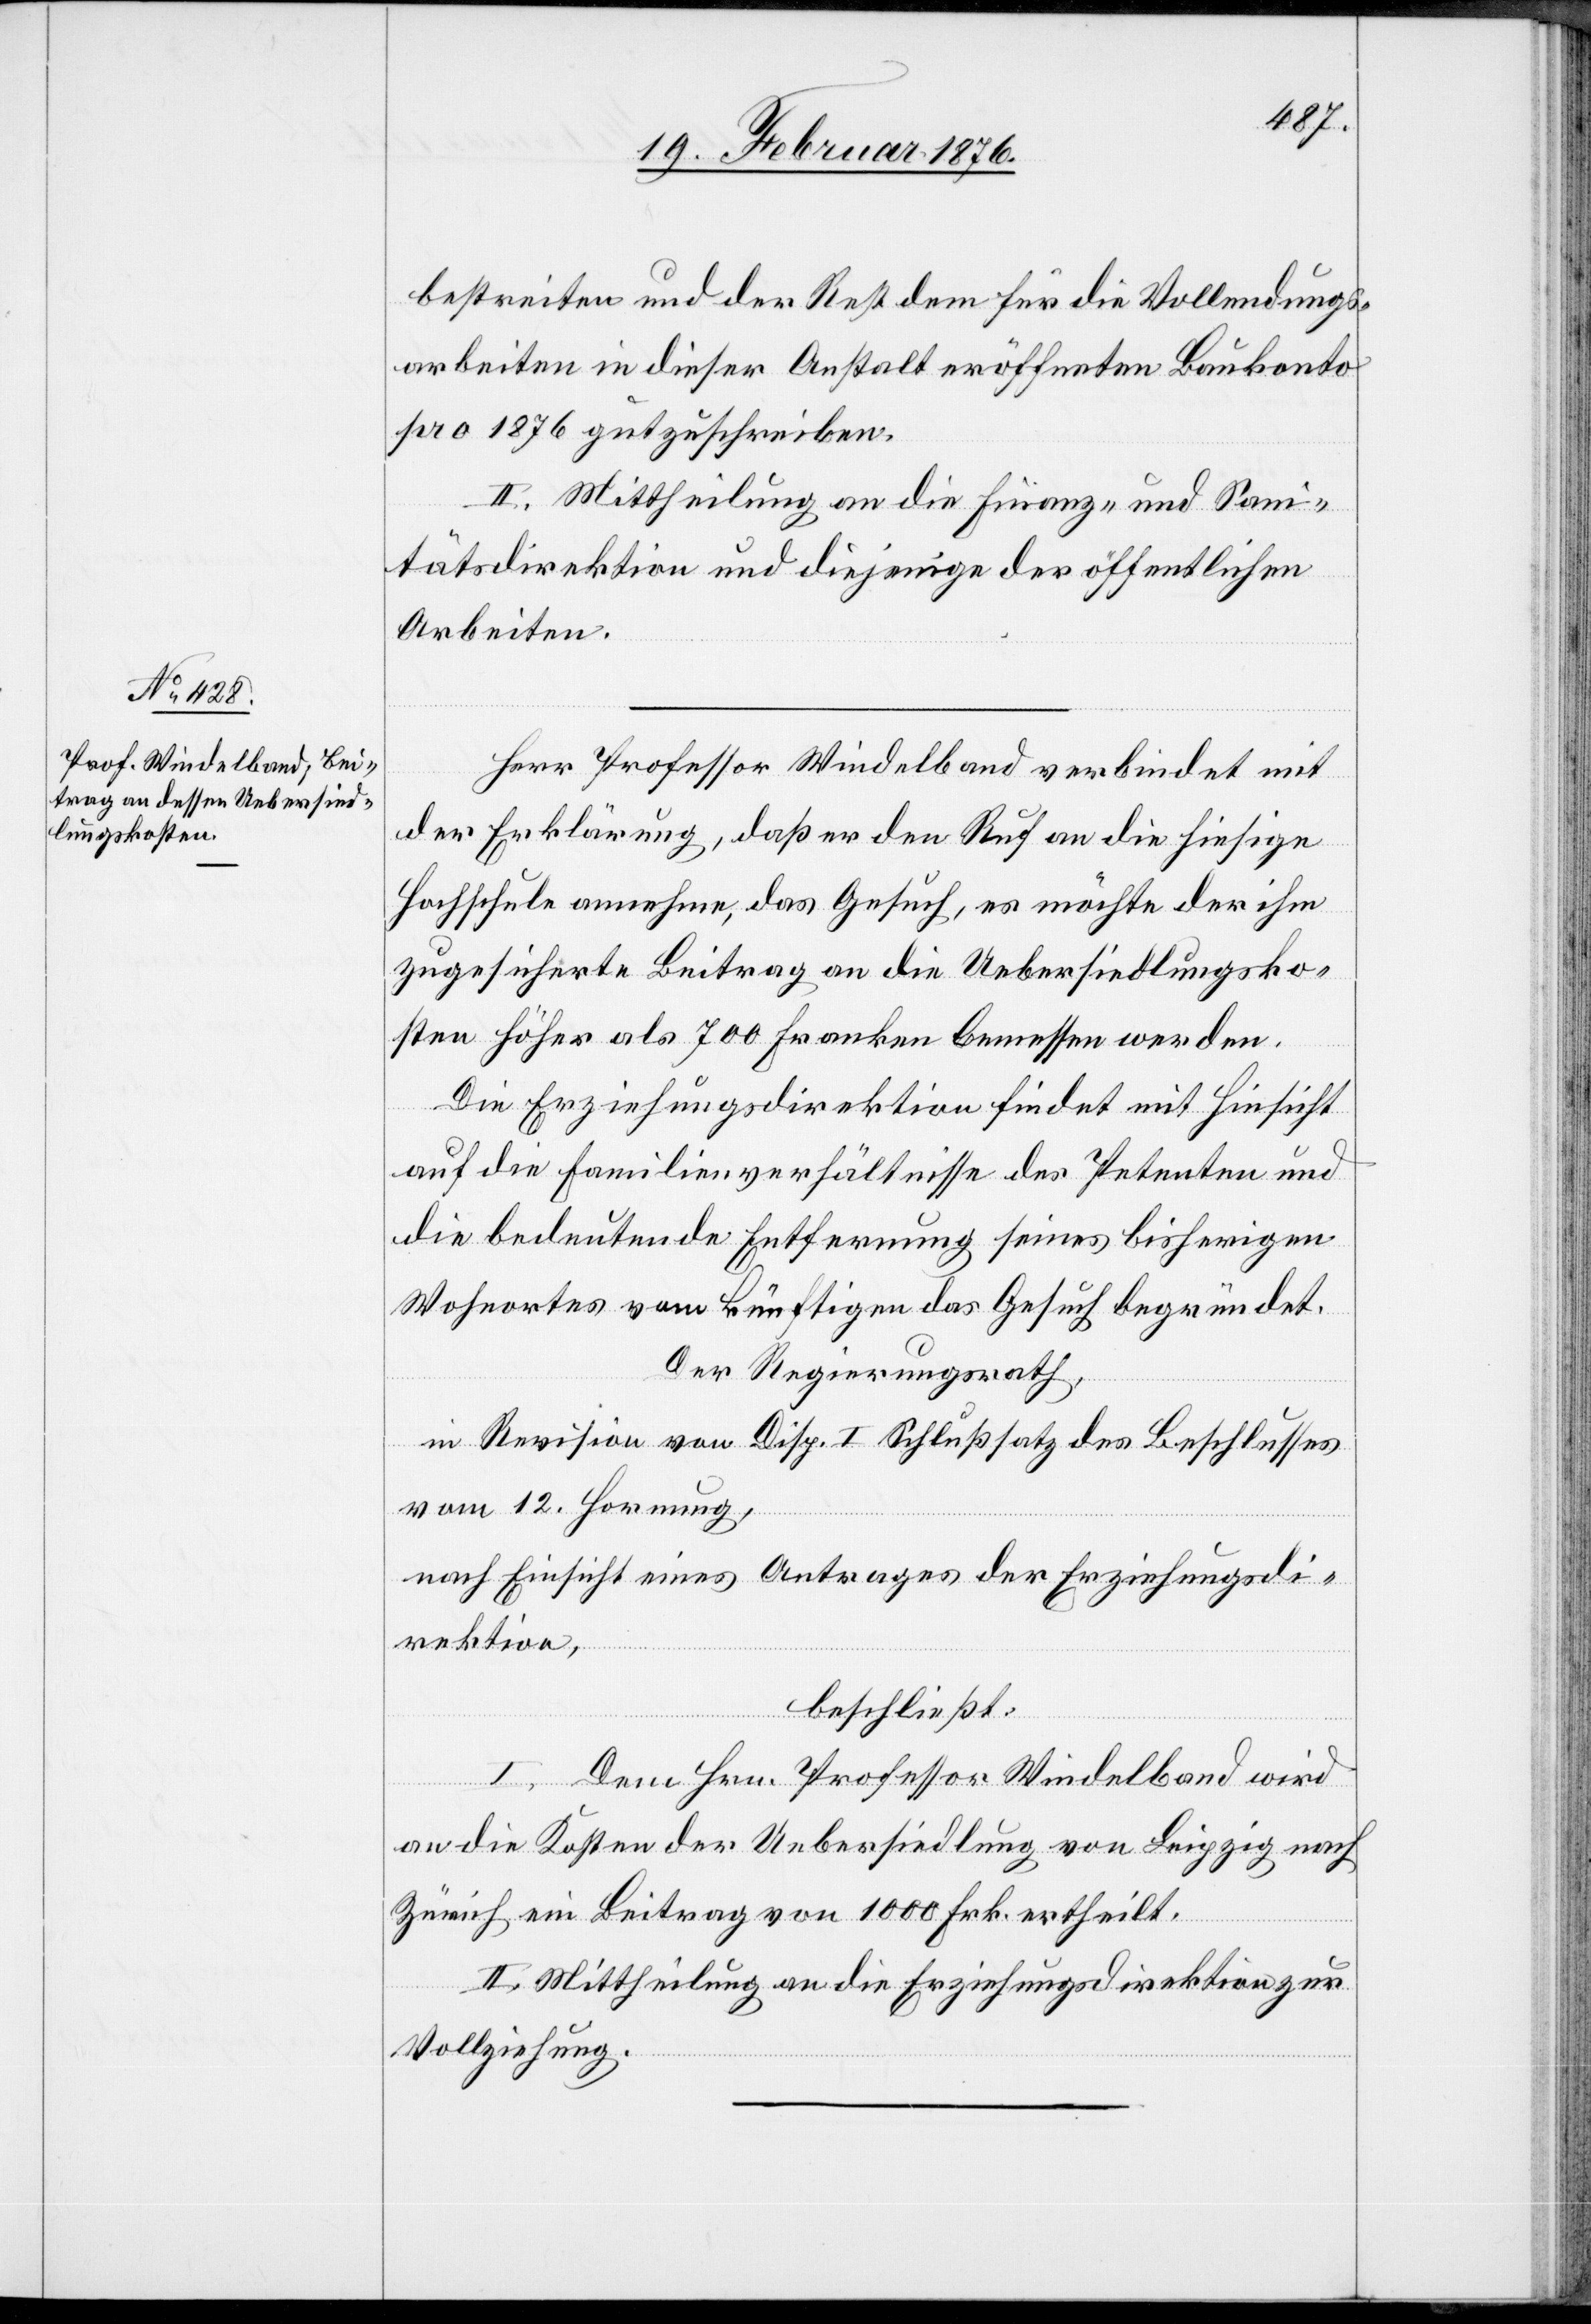
bestreiten und der Rest dem für die Vollendungs¬
arbeiten in dieser Anstalt eröffneten Baukonto
pro 1876 gutzuschreiben.
II. Mittheilung an die Finanz- und San¬
itätsdirektion und diejenige der öffentlichen
Arbeiten.
Herr Professor Windelband verbindet mit
der Erklärung, daß er den Ruf an die hiesige
Hochschule annehme, das Gesuch, es möchte der ihm
zugesicherte Beitrag an die Uebersiedlungsko¬
sten höher als 700 Franken bemessen werden.
Die Erziehungsdirektion findet mit Hinsicht
auf die Familienverhältnisse des Petenten und
die bedeutende Entfernung seines bisherigen
Wohnortes vom künftigen das Gesuch begründet.
Der Regierungsrath,
in Revision von Disp. I Schlußsatz des Beschlusses
vom 12. Hornung,
nach Einsicht eines Antrages der Erziehungsdi¬
rektion,
beschließt:
I. Dem Hrn. Professor Windelband wird
an die Kosten der Uebersiedlung von Leipzig nach
Zürich ein Beitrag von 1000 Frk. ertheilt.
II. Mittheilung an die Erziehungsdirektion zur
Vollziehung.